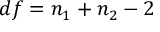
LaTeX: d f = n _ { 1 } + n _ { 2 } - 2